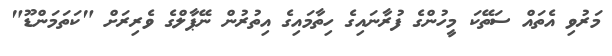
މަރުވި އެތައް ސަތޭކަ މީހުންގެ ފުރާނައިގެ ހިތާމައިގެ އިތުރުން ނޭޕާލްގެ ވެރިރަށް "ކަތަމަންޑޫ"